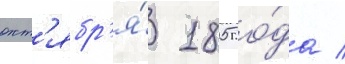
окт'ябр'я́ 1805 го́да /